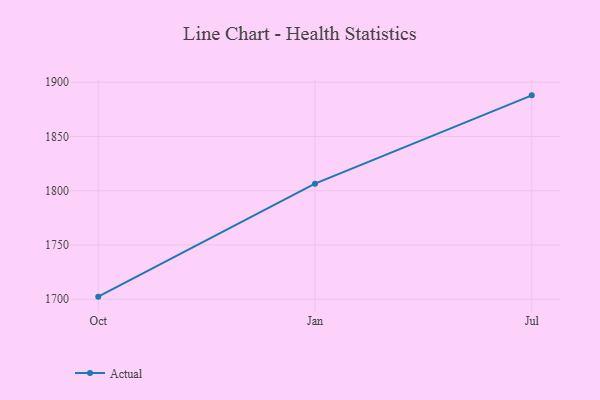
{"axis": {"x": "Month", "y": "Page Views"}, "legend": ["Actual"], "data": [{"x": "Oct", "y": 1702.4, "type": "Actual"}, {"x": "Jan", "y": 1806.5, "type": "Actual"}, {"x": "Jul", "y": 1887.9, "type": "Actual"}]}